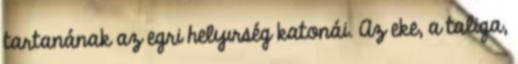
tartanának az egri helyırség katonái. Az eke, a taliga,